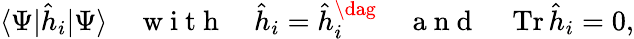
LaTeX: \langle\Psi|\hat{h}_{i}|\Psi\rangle\quad\mathrm{~w~i~t~h~}\quad\hat{h}_{i}=\hat{h}_{i}^{\dag}\quad\mathrm{~a~n~d~}\quad\operatorname{Tr}\hat{h}_{i}=0,